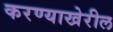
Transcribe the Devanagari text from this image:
करण्याखेरील